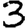
Digit: 3